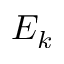
E _ { k }